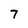
Character: 7